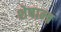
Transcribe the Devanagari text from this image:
शेषान्त्र